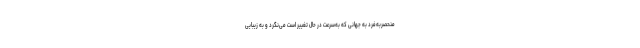
منحصربه‌فرد به جهانی که به‌سرعت در حال تغییر است می‌نگرد و به زیبایی